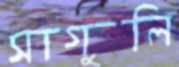
সাগুলি